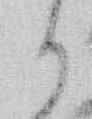
り